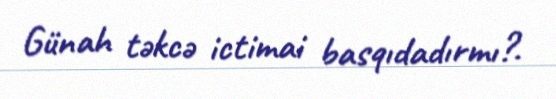
Günah təkcə ictimai basqıdadırmı?.